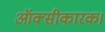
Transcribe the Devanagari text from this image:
ऑक्सीकारक।